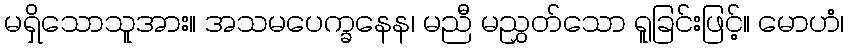
မရှိသောသူအား။ အသမပေက္ခနေန၊ မညီ မညွှတ်သော ရူခြင်းဖြင့်။ မောဟံ၊